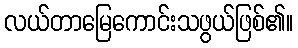
လယ်တာမြေကောင်းသဖွယ်ဖြစ်၏။